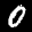
Label: 0